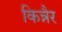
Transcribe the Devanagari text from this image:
किन्नैर